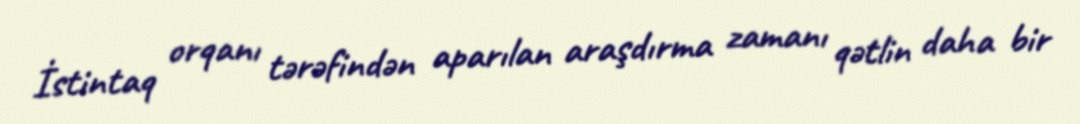
İstintaq orqanı tərəfindən aparılan araşdırma zamanı qətlin daha bir